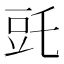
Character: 𧯝